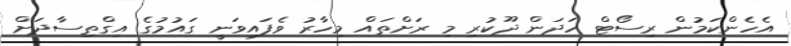
އެހެންކަމުން ރިސޯޓް ހަދަން ދޫކުރި މި ރަށްތައް މިހާރު ވެފައިވަނީ ގައުމުގެ އިގްތިސާދަށް